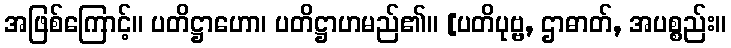
အဖြစ်ကြောင့်။ ပတိဋ္ဌာဟော၊ ပတိဋ္ဌာဟမည်၏။ [ပတိပုဗ္ဗ, ဌာဓာတ်, အပစ္စည်း။